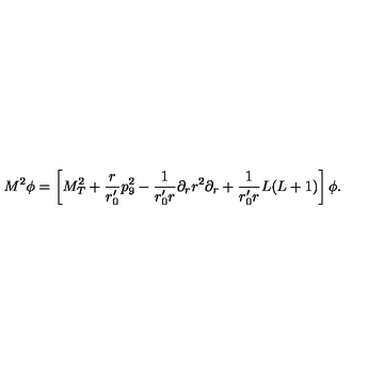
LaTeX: M ^ { 2 } \phi = \left[ M _ { T } ^ { 2 } + \frac { r } { r _ { 0 } ^ { \prime } } p _ { 9 } ^ { 2 } - \frac { 1 } { r _ { 0 } ^ { \prime } r } \partial _ { r } r ^ { 2 } \partial _ { r } + \frac { 1 } { r _ { 0 } ^ { \prime } r } L ( L + 1 ) \right] \phi .